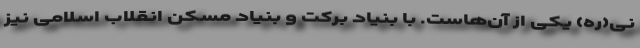
نی(ره) یکی از آن‌هاست. با بنیاد برکت و بنیاد مسکن انقلاب اسلامی نیز